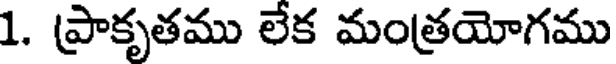
1. ప్రాకృతము లేక మంత్రయోగము